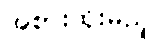
အစားထိုးမည့်